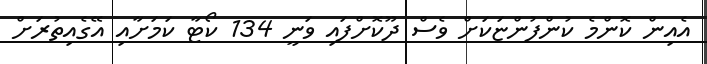
އެއިން ކޮންމެ ކުންފުންޏަކަށް ވެސް ދޫކޮށްފައި ވަނީ 134 ކޯޓާ ކަމަށާއި އޭގެއިތުރަށް